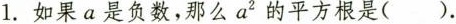
1.如果a是负数，那么a^{2}的平方根是()。